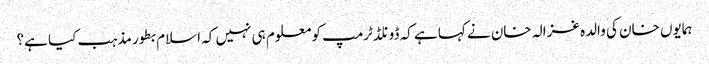
ہمایوں خان کی والدہ غزالہ خان نے کہا ہے کہ ڈونلڈ ٹرمپ کو معلوم ہی نہیں کہ اسلام بطور مذہب کیا ہے؟